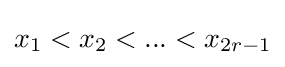
x_{1}<x_{2}<...<x_{2r-1}